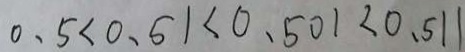
0 . 5 < 0 . 5 1 < 0 . 5 0 1 < 0 . 5 1 1